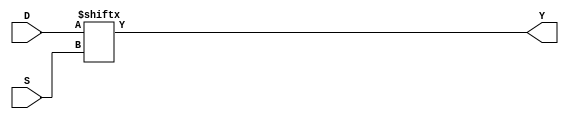
module mux16 (D, S, Y);
 	input  [15:0] D;
 	input  [3:0] S;
 	output Y;
assign Y = D[S];
endmodule


module top (
input [3:0] S,
input [15:0] D,
output M16
);
reg A;

initial begin
    A = 0;
 end

mux16 u_mux16 (
        .S (S[3:0]),
        .D (D[15:0]),
        .Y (M16)
    );

endmodule